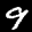
Label: 9